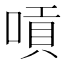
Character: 嗊